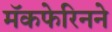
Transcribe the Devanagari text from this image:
मॅकफेरिनने